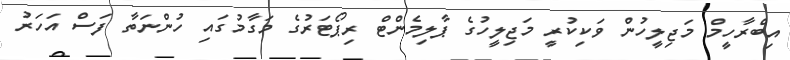
އިބްރާހީމް މަޖިލީހުން ވަކިކުރީ މަޖިލީހުގެ ޕާލިމެންޓް ރިޕޯޓަރުގެ މަގާމުގައި ހުންނަތާ ފަސް އަހަރު